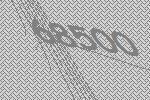
68500